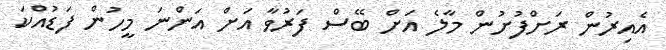
އެއިރުން ރަށްފުށުން މާލެ އަށް ބޭސް ފަރުވާ އަށް އަންނަ މީހުން ފަޑުއްކަ